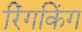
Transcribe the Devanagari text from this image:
रिंगकिंग